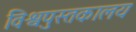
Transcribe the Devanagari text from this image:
विश्वपुस्तकालय